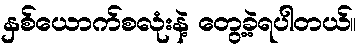
နှစ်ယောက်စလုံးနဲ့ တွေ့ခဲ့ရပါတယ်။